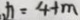
, x = 4 + m